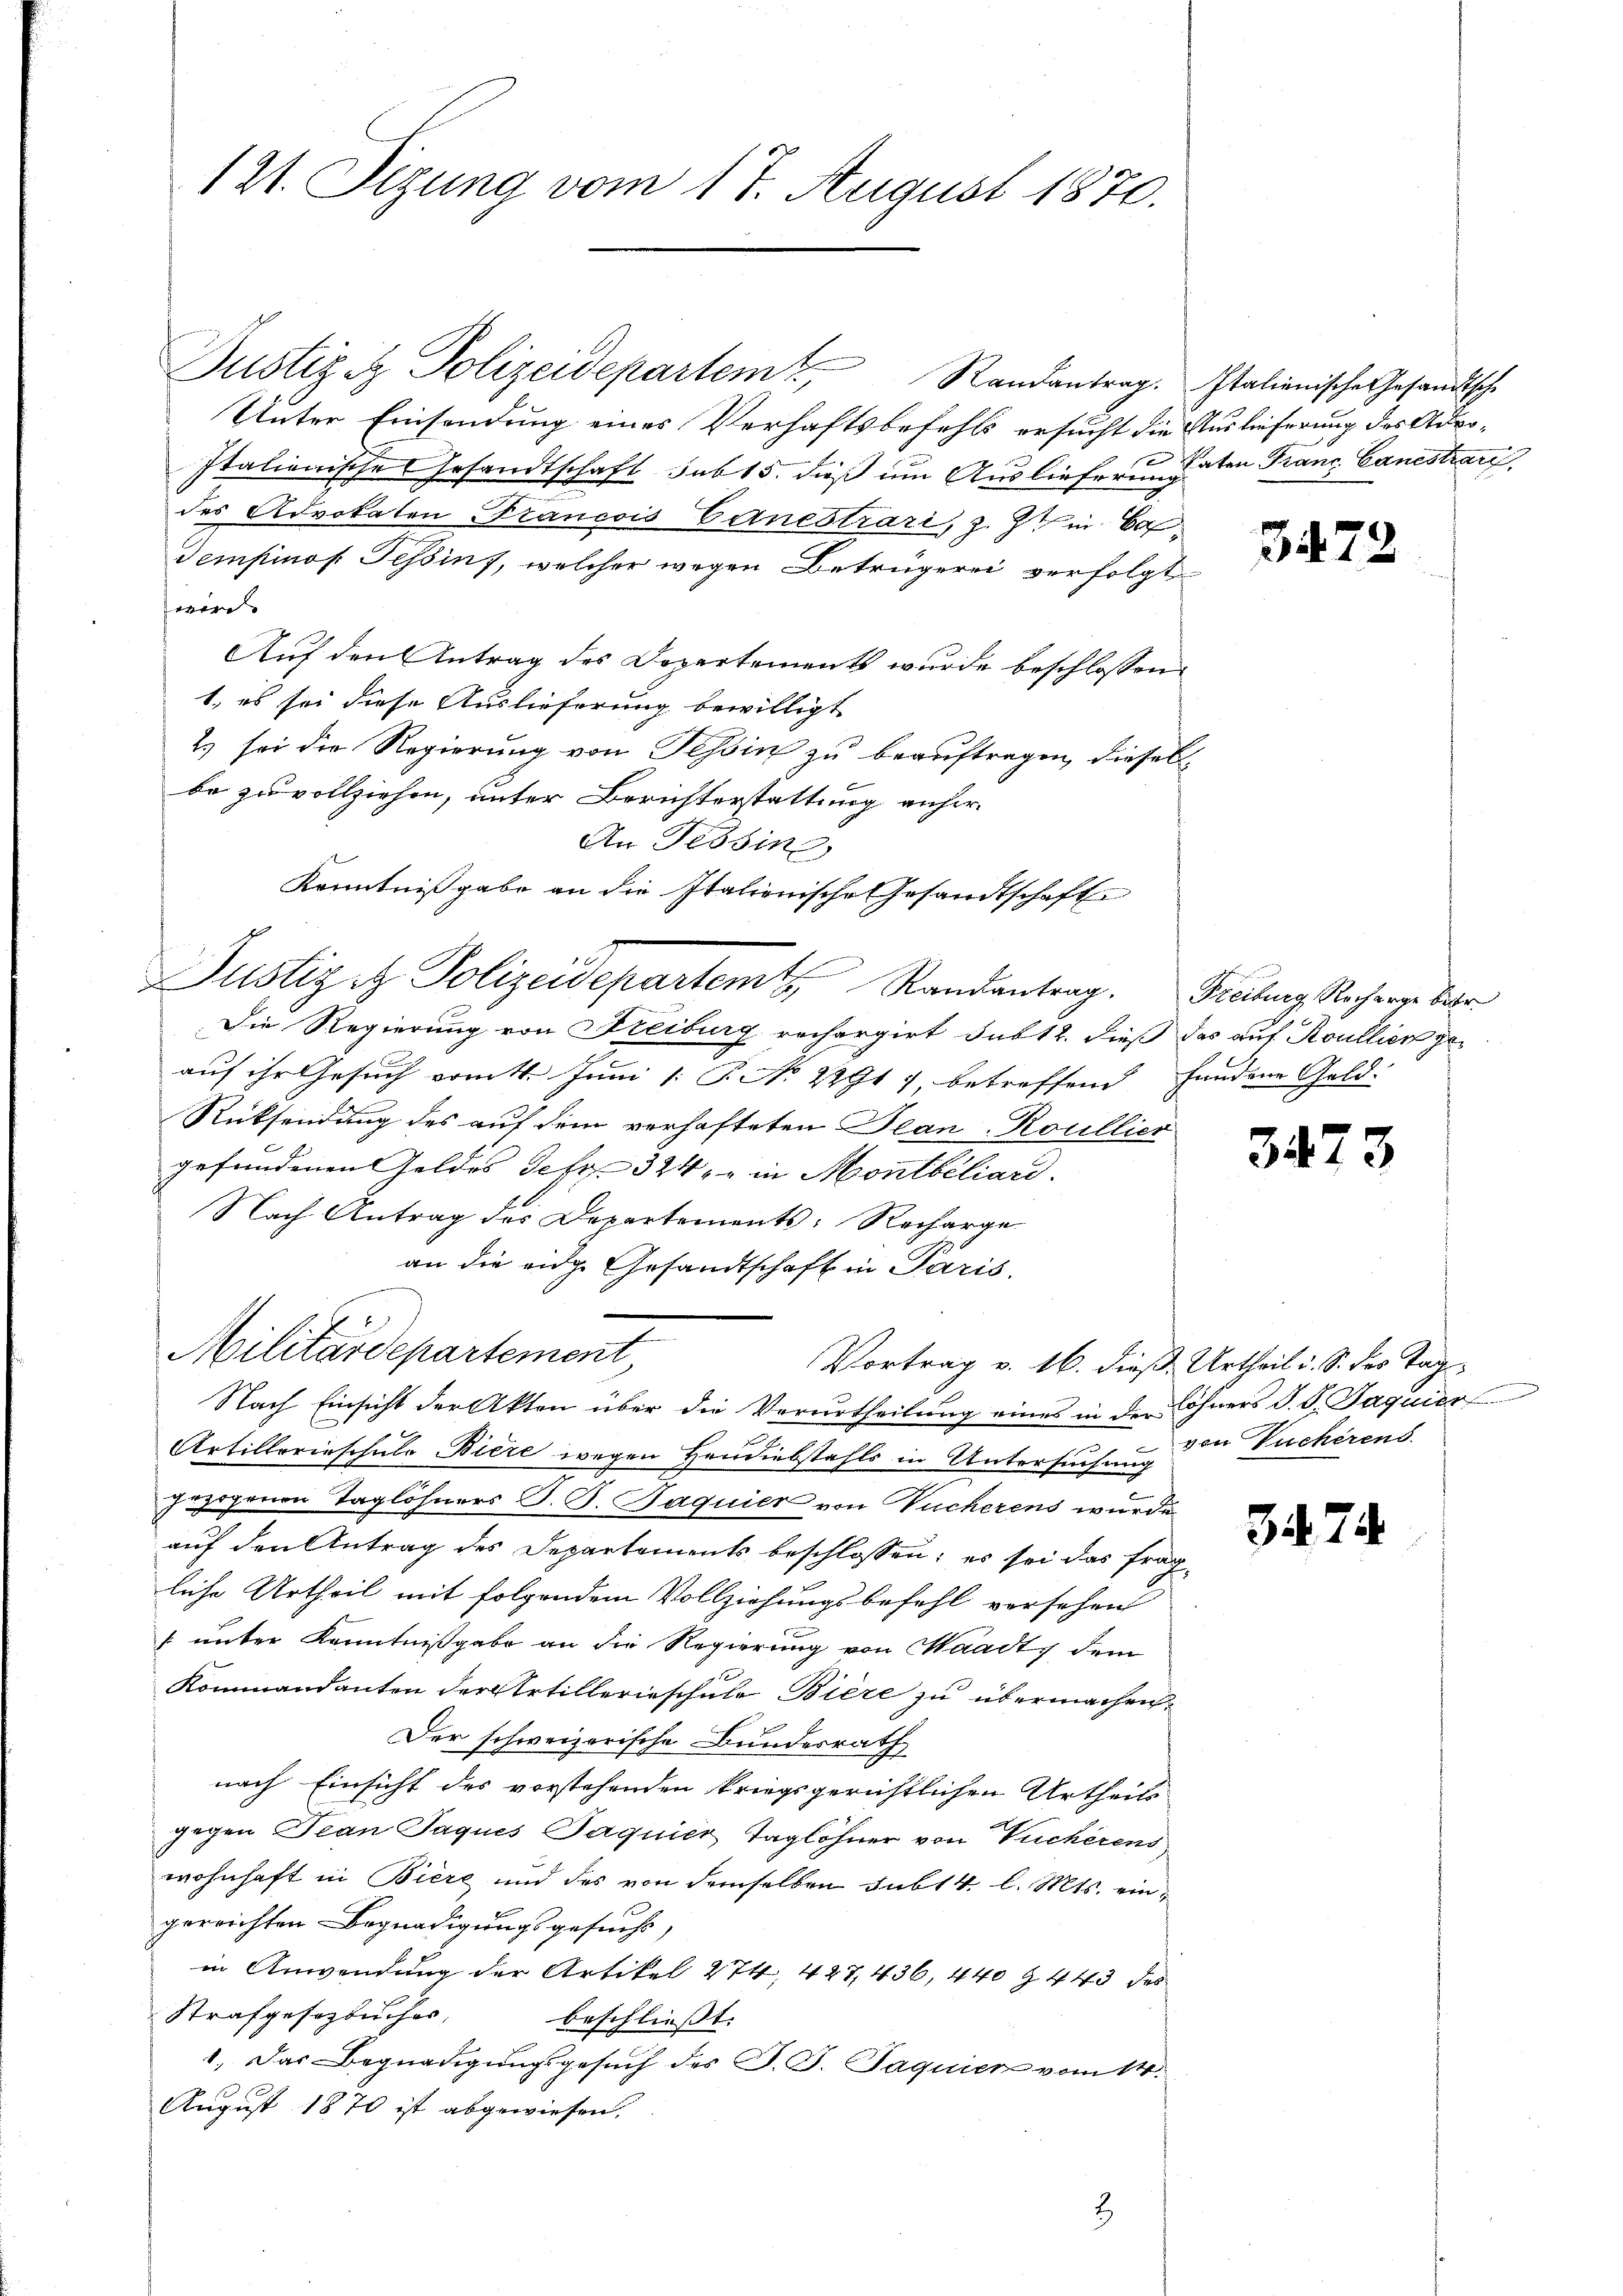
121. Sizung vom 17. August 1870.

Justizez Polizeidepartem Randantrag. Italienische Gesandtsche
Unter Einsendung eines Verhaftsbefehls ersucht die Auslieferung des Advo-
Italienische Gesandtschaft sub 15. dieß um Ausliefern Paten Franc Canestrari
des Advokaten Francois Einestrari, z. Ztin Ca
Tempinos Tessin, welcher wegen Betrügerei verfolgt
wird.
Auf den Antrag des Departements wurde beschlossen:
1. es sei diese Auslieferung bewilligt
2) sei die Regierung von Tessin zu beauftragen, dieselbe zu vollziehen, unter Berichterstattung anher¬
An Tessin,
Kenntnißgabe an die Italienische Gesandtschafte

Justiz & Polizeidepartemt Randantrag.

Die Regierung von Freiburg rechargirt sub 12. dieß das auf Roullier geauf ihr Gesuch vom 4. Juni [ P. No 22917, betreffend Handene Geld-
Rücksendung des auf dem verhafteten Bean-Roullier
gefundenen Geldes Gefr. 324, in Montbiliari
Nach Antrag des Departements-Recharge
an die eidge Gesandtschaft in Paris.
Nach Einsicht der Akten über die Verurtheilung eines in der Sohners d. d. Jaquier
Artillerieschule Biere wegen Handiebstahls in Untersuchen den Pucherens.
gezogenen Taglöhners J. P. Paquier von Vucherens wurde
auf den Antrag des Departements beschlossen; es sei das fragliche Urtheil mit folgendem Vollziehungsbefehl versehen
[unter Kenntnißgabe an die Regierung von Waadt, dem
Kommandanten der Artillerieschule Biere zu übermachen.
Der schweizerische Bundesrath
nach Einsicht des vorstehenden kriegsgerichtlichen Urtheils
gegen Jean Jaques Jaquier Taglöhner von Tucherens
wohnhaft in Biere und des von demselben subt 4. l. Mts. eingereichten Begnadigungsgesuchs,
in Anwendung der Artikel 474, 427, 436, 440 Z 443 des
Strafgesezbuches,
beschließt:
1. Das Begnadigungsgesuch des J. J. Jaquien vom 14.
August 1870 ist abgewiesen.

Militärdepartement,

Vortrag v. 16. dieß Urtheil i. S. des Tag

3

Freiburg, Recharge betr

347

3474

3